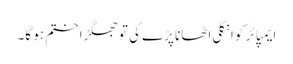
ایمپائر کو انگلی اٹھانا پڑے گی تو جھگڑا ختم ہو گا۔